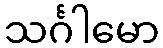
သင်္ဂါမော